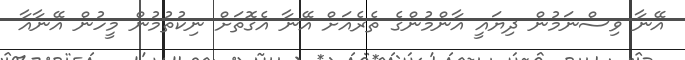
އޭނާ ވިސްނަމުން ދިޔައީ އާންމުންގެ ތެރެއަށް އޭނާ އެގޮތަށް ނިކުތުމުން މީހުން އޭނާއާ